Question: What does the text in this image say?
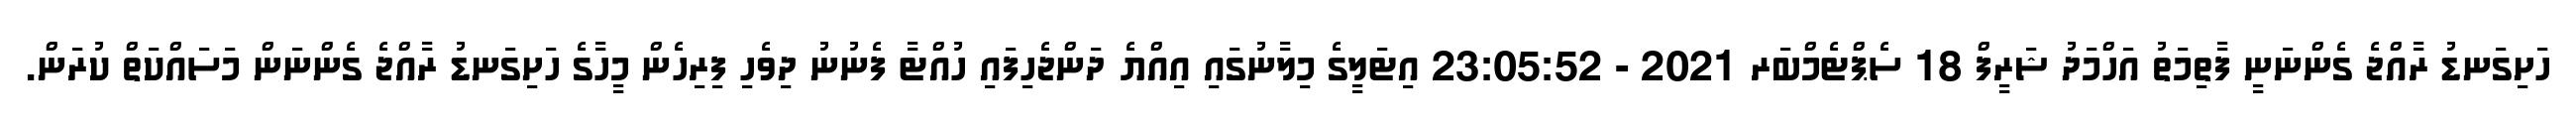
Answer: ހަށިގަނޑު ރާއްޖެ ގެންނަނީ ފާތިމަތު އަހްމަދު ޝަރީފް 18 ސެޕްޓެމްބަރ 2021 - 23:05:52 އިޓަލީގެ މިލާނުގައި އިއްޔެ ދަންޖެހިފައި ހުއްޓާ ފެނުނު ދިވެހި ފިރިހެން މީހާގެ ހަށިގަނޑު ރާއްޖެ ގެންނަން މަސައްކަތް ކުރަން.